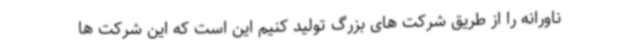
ناورانه را از طریق شرکت های بزرگ تولید کنیم این است که این شرکت ها